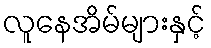
လူနေအိမ်များနှင့်